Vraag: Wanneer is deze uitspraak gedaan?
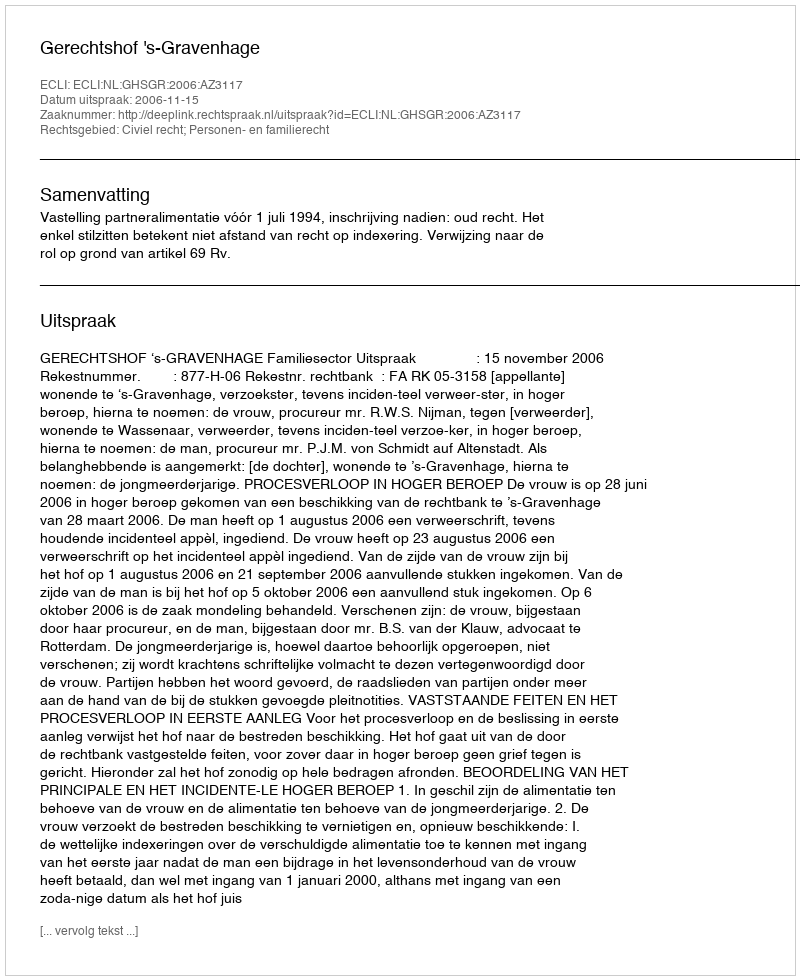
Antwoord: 2006-11-15